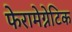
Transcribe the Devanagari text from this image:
फेरामेग्नेटिक